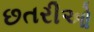
છતરીઓ